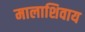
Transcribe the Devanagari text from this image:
मालाशिवाय